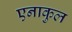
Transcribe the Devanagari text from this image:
एनाकुल